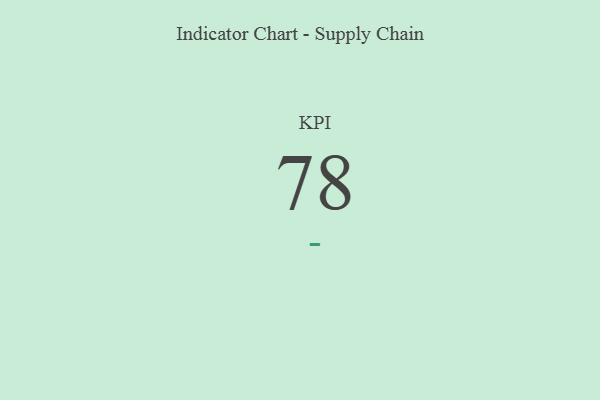
{"axis": {"x": "KPI", "y": "Value"}, "legend": [""], "data": [{"x": "KPI", "y": 78, "type": ""}]}